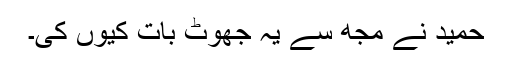
حمید نے مجھ سے یہ جھوٹ بات کیوں کی۔